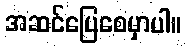
အဆင်ပြေစေမှာပါ။